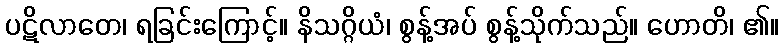
ပဋိလာတေ၊ ရခြင်းကြောင့်။ နိသဂ္ဂိယံ၊ စွန့်အပ် စွန့်သိုက်သည်။ ဟောတိ၊ ၏။